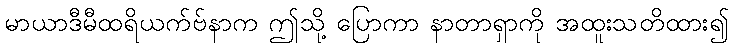
မာယာဒီမီထရိယက်ဗ်နာက ဤသို့ ပြောကာ နာတာရှာကို အထူးသတိထား၍